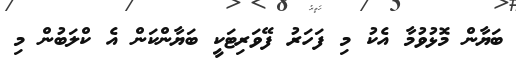
ބަޔާން މޮޅުވުމާ އެކު މި ފަހަރު ފޭވަރިޓަކީ ބަޔާންކަން އެ ކްލަބުން މި